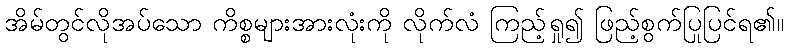
အိမ်တွင်လိုအပ်သော ကိစ္စများအားလုံးကို လိုက်လံ ကြည့်ရှု၍ ဖြည့်စွက်ပြုပြင်ရ၏။